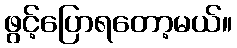
ဖွင့်ပြောရတော့မယ်။